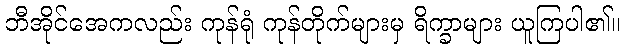
ဘီအိုင်အေကလည်း ကုန်ရုံ ကုန်တိုက်များမှ ရိက္ခာများ ယူကြပါ၏။